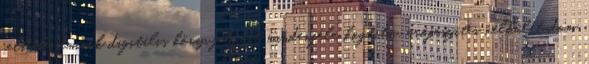
felhőbe, aminek digitális könyvjelzőit mindenféle kognitív erőfeszítés nélkül tudom